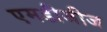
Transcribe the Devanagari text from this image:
एमडीजीज